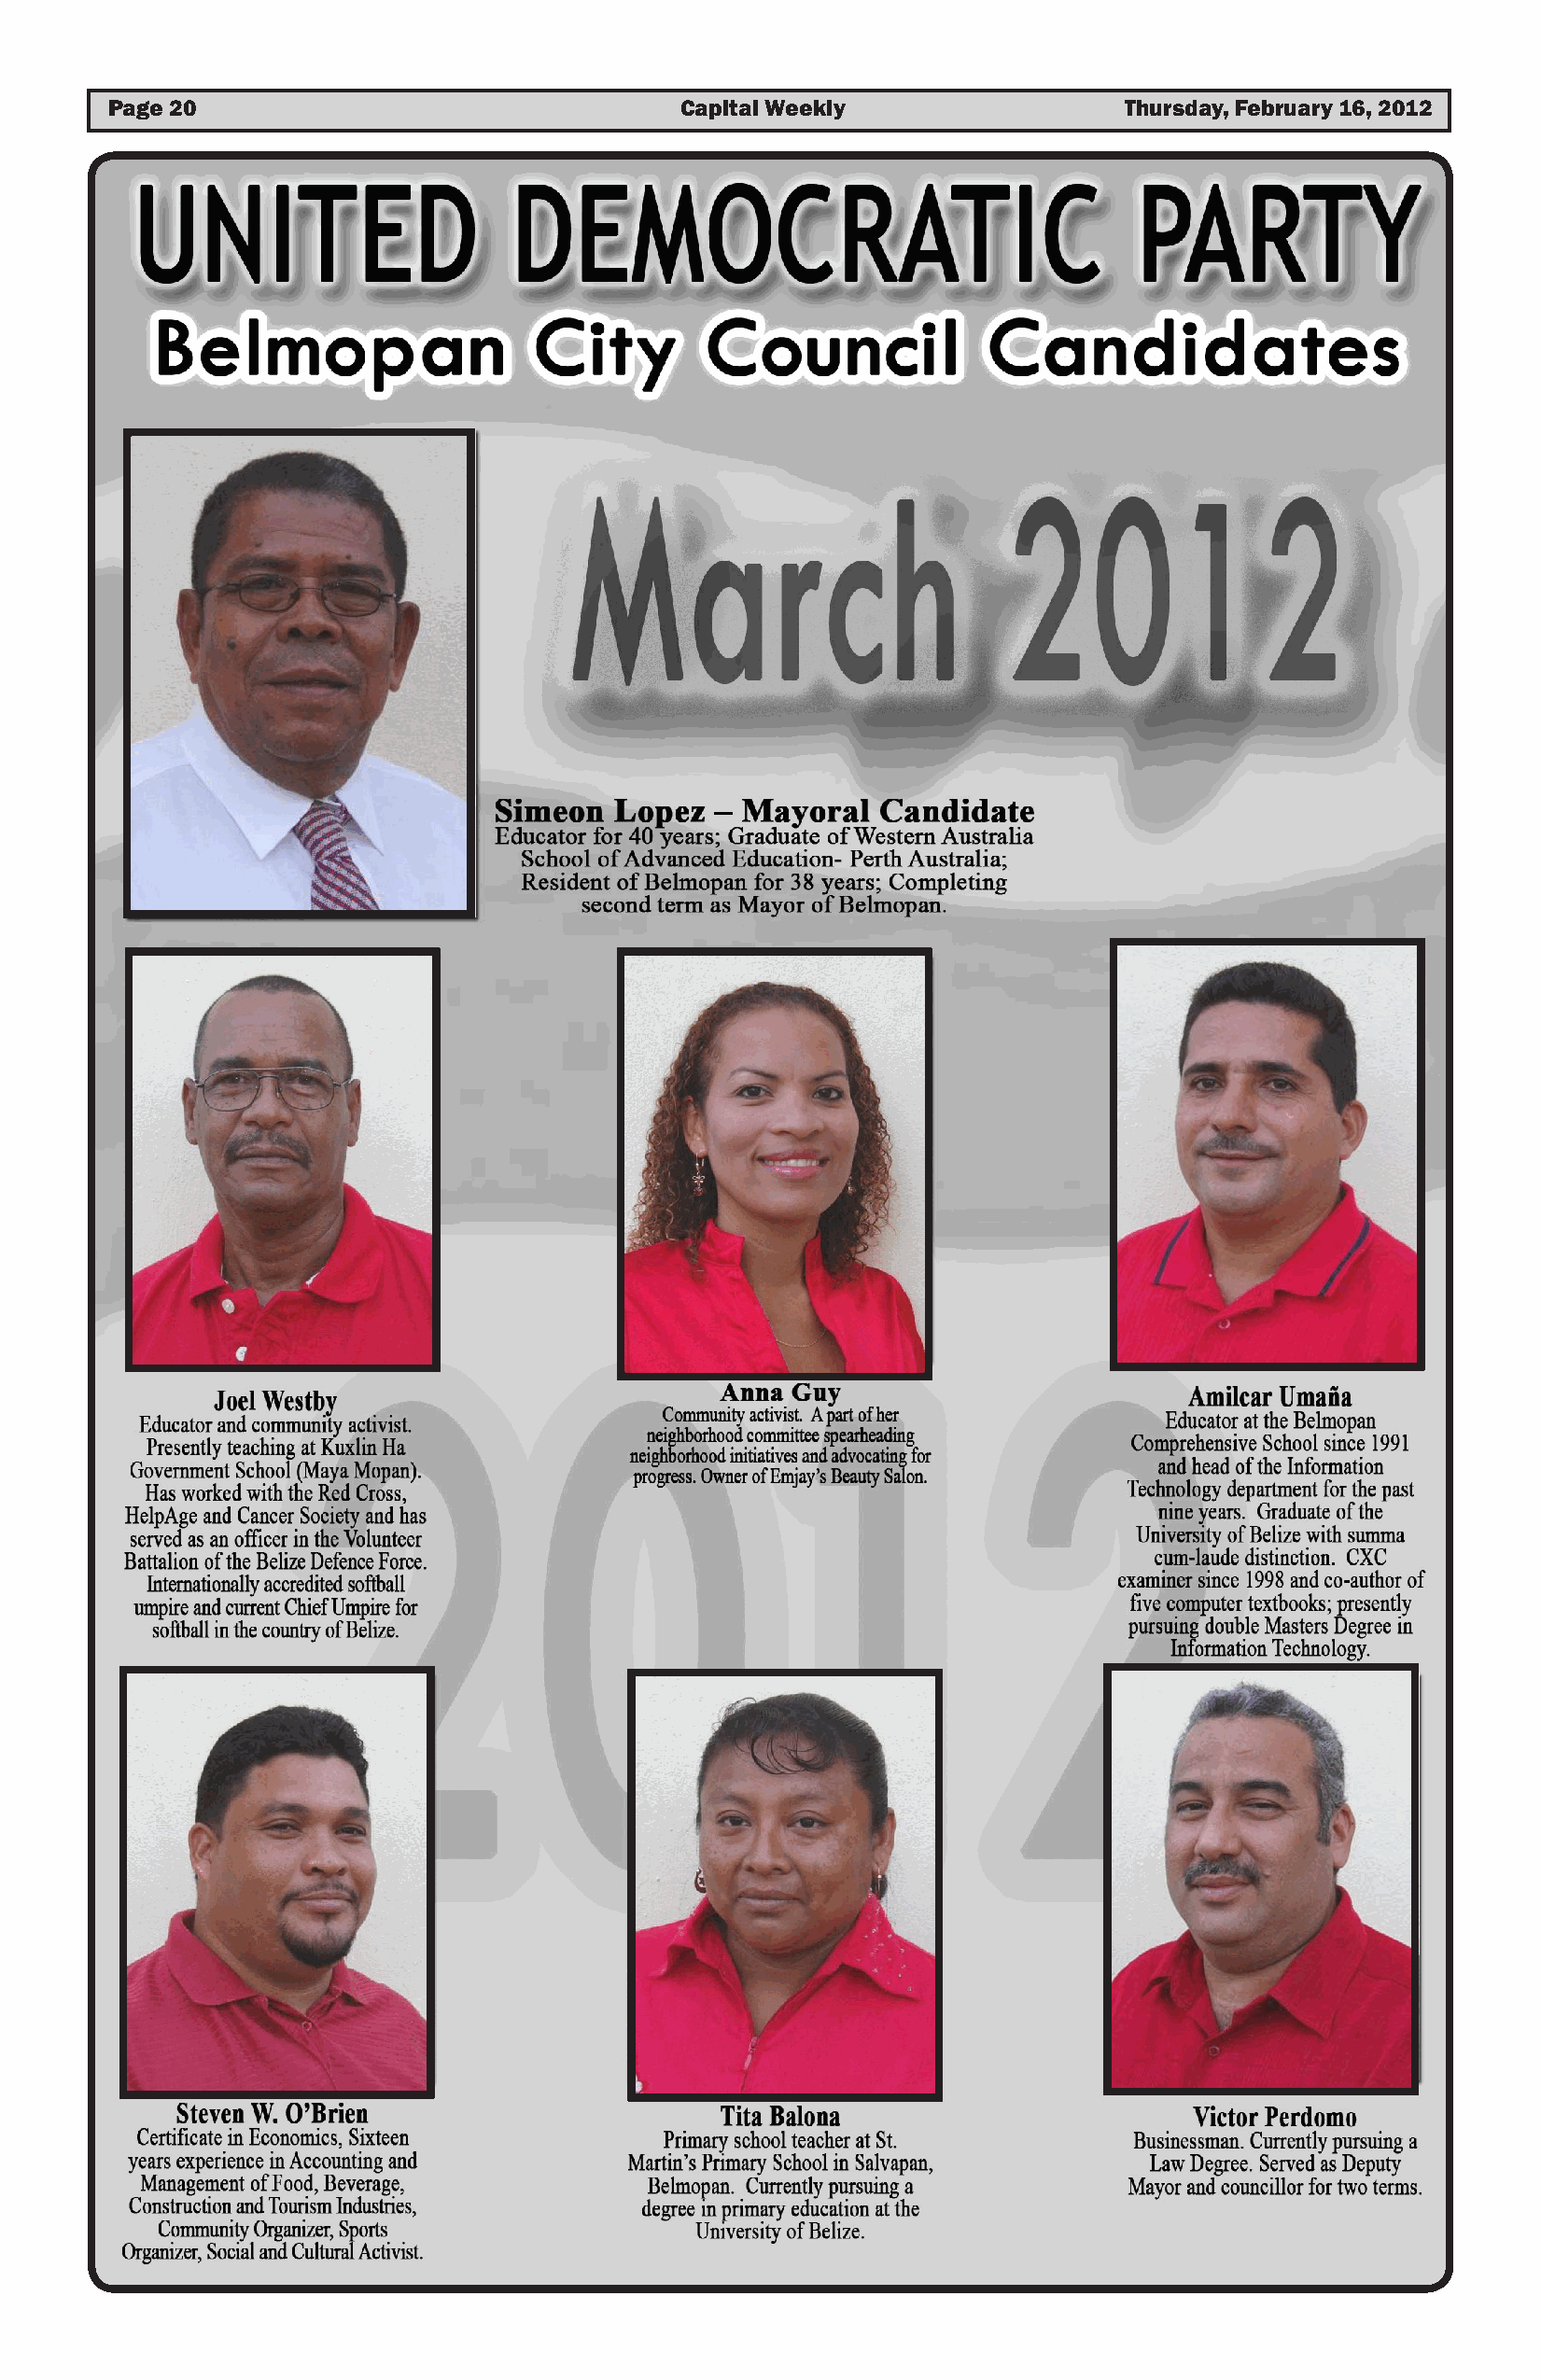
Page 20                                 Capital Weekly                  Thursday, February 16, 2012